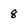
Character: 8